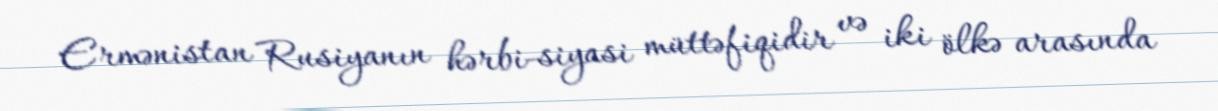
Ermənistan Rusiyanın hərbi-siyasi müttəfiqidir və iki ölkə arasında